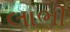
લાભી